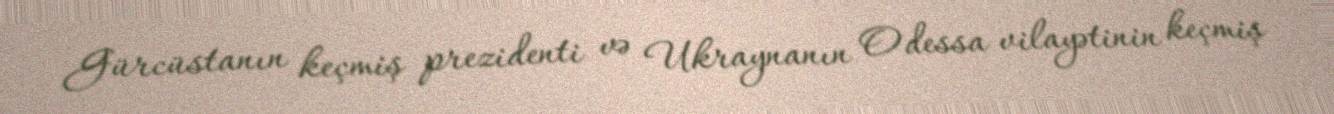
Gürcüstanın keçmiş prezidenti və Ukraynanın Odessa vilayətinin keçmiş